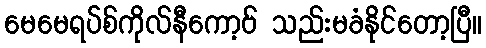
မေမေရပ်စ်ကိုလ်နီကော့ဗ် သည်းမခံနိုင်တော့ပြီ။